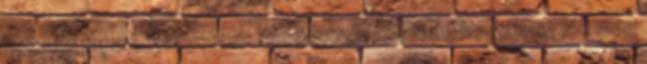
hosszú fapad. Kényelmes, de nagyon ajánlom, hogy hagyják meg